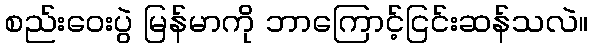
စည်းဝေးပွဲ မြန်မာကို ဘာကြောင့်ငြင်းဆန်သလဲ။